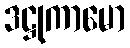
ဒဋ္ဌုကာမော